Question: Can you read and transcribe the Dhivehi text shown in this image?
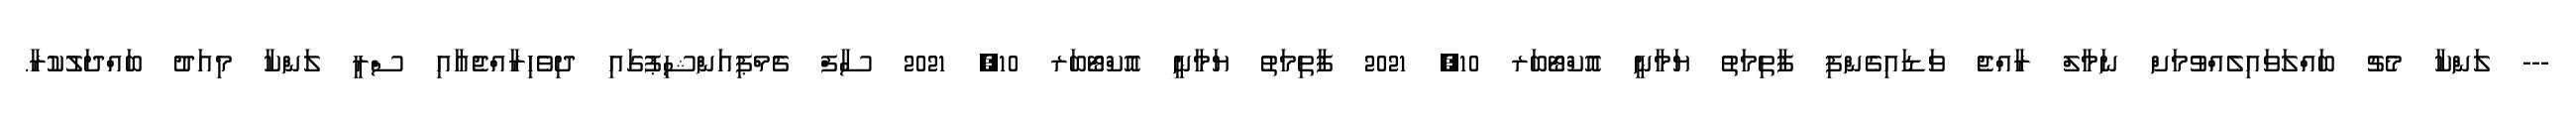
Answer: --- ލަންކާ މެޗު ބައްލަވައިލެއްވުމަށް ނަމާލް ރާއްޖެ ވަޑައިގެންފި ފާތިމަތު ޔަމާނީ އޮކްޓޯބަރ 10, 2021 ފާތިމަތު ޔަމާނީ އޮކްޓޯބަރ 10, 2021 ސާފް ޗެމްޕިއަންޝިޕުގައި ދިވެހިރާއްޖެއާއި ސްރީ ލަންކާ މިއަދު ބައްދަލުކުރާ.